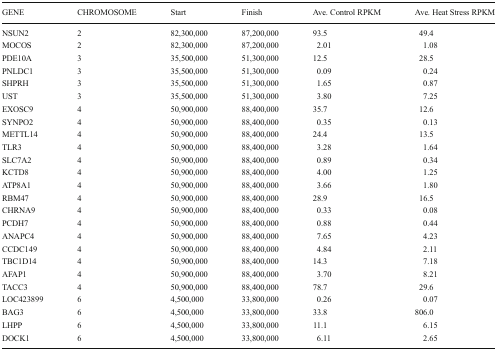
<table><thead><tr><td><b>GENE</b></td><td><b>CHROMOSOME</b></td><td><b>Start</b></td><td><b>Finish</b></td><td><b>Ave. Control RPKM</b></td><td><b>Ave. Heat Stress RPKM</b></td></tr></thead><tbody><tr><td>NSUN2</td><td>2</td><td>82,300,000</td><td>87,200,000</td><td>93.5</td><td>49.4</td></tr><tr><td>MOCOS</td><td>2</td><td>82,300,000</td><td>87,200,000</td><td>2.01</td><td>1.08</td></tr><tr><td>PDE10A</td><td>3</td><td>35,500,000</td><td>51,300,000</td><td>12.5</td><td>28.5</td></tr><tr><td>PNLDC1</td><td>3</td><td>35,500,000</td><td>51,300,000</td><td>0.09</td><td>0.24</td></tr><tr><td>SHPRH</td><td>3</td><td>35,500,000</td><td>51,300,000</td><td>1.65</td><td>0.87</td></tr><tr><td>UST</td><td>3</td><td>35,500,000</td><td>51,300,000</td><td>3.80</td><td>7.25</td></tr><tr><td>EXOSC9</td><td>4</td><td>50,900,000</td><td>88,400,000</td><td>35.7</td><td>12.6</td></tr><tr><td>SYNPO2</td><td>4</td><td>50,900,000</td><td>88,400,000</td><td>0.35</td><td>0.13</td></tr><tr><td>METTL14</td><td>4</td><td>50,900,000</td><td>88,400,000</td><td>24.4</td><td>13.5</td></tr><tr><td>TLR3</td><td>4</td><td>50,900,000</td><td>88,400,000</td><td>3.28</td><td>1.64</td></tr><tr><td>SLC7A2</td><td>4</td><td>50,900,000</td><td>88,400,000</td><td>0.89</td><td>0.34</td></tr><tr><td>KCTD8</td><td>4</td><td>50,900,000</td><td>88,400,000</td><td>4.00</td><td>1.25</td></tr><tr><td>ATP8A1</td><td>4</td><td>50,900,000</td><td>88,400,000</td><td>3.66</td><td>1.80</td></tr><tr><td>RBM47</td><td>4</td><td>50,900,000</td><td>88,400,000</td><td>28.9</td><td>16.5</td></tr><tr><td>CHRNA9</td><td>4</td><td>50,900,000</td><td>88,400,000</td><td>0.33</td><td>0.08</td></tr><tr><td>PCDH7</td><td>4</td><td>50,900,000</td><td>88,400,000</td><td>0.88</td><td>0.44</td></tr><tr><td>ANAPC4</td><td>4</td><td>50,900,000</td><td>88,400,000</td><td>7.65</td><td>4.23</td></tr><tr><td>CCDC149</td><td>4</td><td>50,900,000</td><td>88,400,000</td><td>4.84</td><td>2.11</td></tr><tr><td>TBC1D14</td><td>4</td><td>50,900,000</td><td>88,400,000</td><td>14.3</td><td>7.18</td></tr><tr><td>AFAP1</td><td>4</td><td>50,900,000</td><td>88,400,000</td><td>3.70</td><td>8.21</td></tr><tr><td>TACC3</td><td>4</td><td>50,900,000</td><td>88,400,000</td><td>78.7</td><td>29.6</td></tr><tr><td>LOC423899</td><td>6</td><td>4,500,000</td><td>33,800,000</td><td>0.26</td><td>0.07</td></tr><tr><td>BAG3</td><td>6</td><td>4,500,000</td><td>33,800,000</td><td>33.8</td><td>806.0</td></tr><tr><td>LHPP</td><td>6</td><td>4,500,000</td><td>33,800,000</td><td>11.1</td><td>6.15</td></tr><tr><td>DOCK1</td><td>6</td><td>4,500,000</td><td>33,800,000</td><td>6.11</td><td>2.65</td></tr></tbody></table>